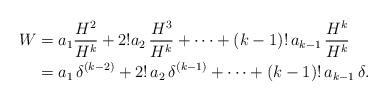
LaTeX: \begin{align*}W & = a_1 \frac{H^2}{H^k} + 2! a_2\, \frac{H^3}{H^k} + \dots + (k-1)!\, a_{k-1}\,\frac{H^k}{H^k}\\& = a_1\, \delta^{(k-2)} + 2!\, a_2\, \delta^{(k-1)} + \dots + (k-1)!\, a_{k-1}\, \delta. \end{align*}